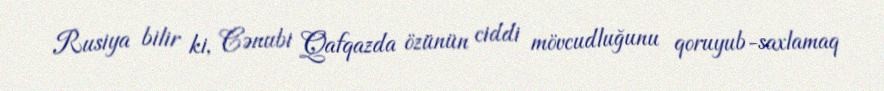
Rusiya bilir ki, Cənubi Qafqazda özünün ciddi mövcudluğunu qoruyub-saxlamaq